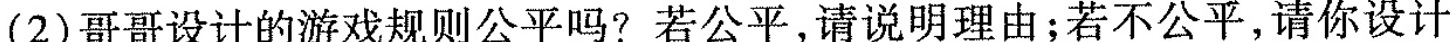
(2)哥哥设计的游戏规则公平吗?若公平，请说明理由；若不公平，请你设计